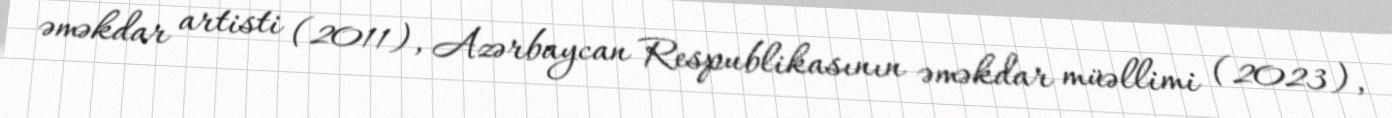
əməkdar artisti (2011), Azərbaycan Respublikasının əməkdar müəllimi (2023),